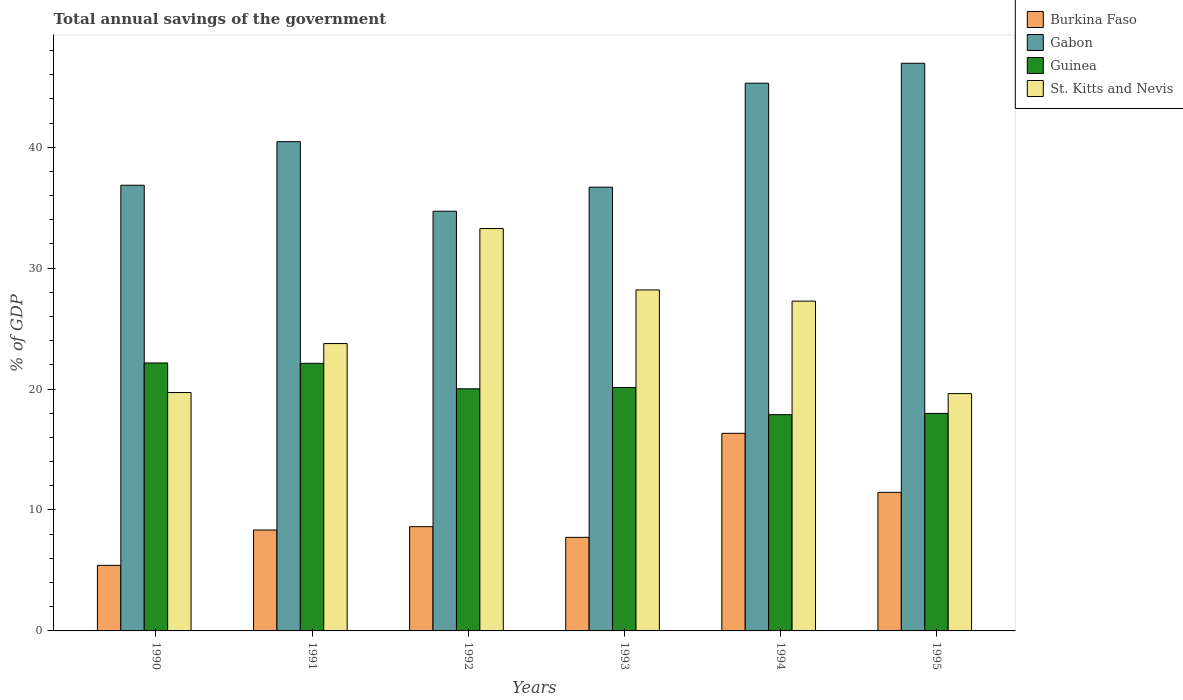
| Years | Burkina Faso | Gabon | Guinea | St. Kitts and Nevis |
 | --- | --- | --- | --- | --- |
 | 1990 | 5.42 | 36.9 | 22.2 | 19.7 |
 | 1991 | 8.34 | 40.5 | 22.1 | 23.8 |
 | 1992 | 8.62 | 34.7 | 20 | 33.3 |
 | 1993 | 7.74 | 36.7 | 20.1 | 28.2 |
 | 1994 | 16.3 | 45.3 | 17.9 | 27.3 |
 | 1995 | 11.5 | 46.9 | 18 | 19.6 |